Annual report on the mental hospital in the Central Provinces and Berar (Nagpur) - 1927-1951
Year: 1927
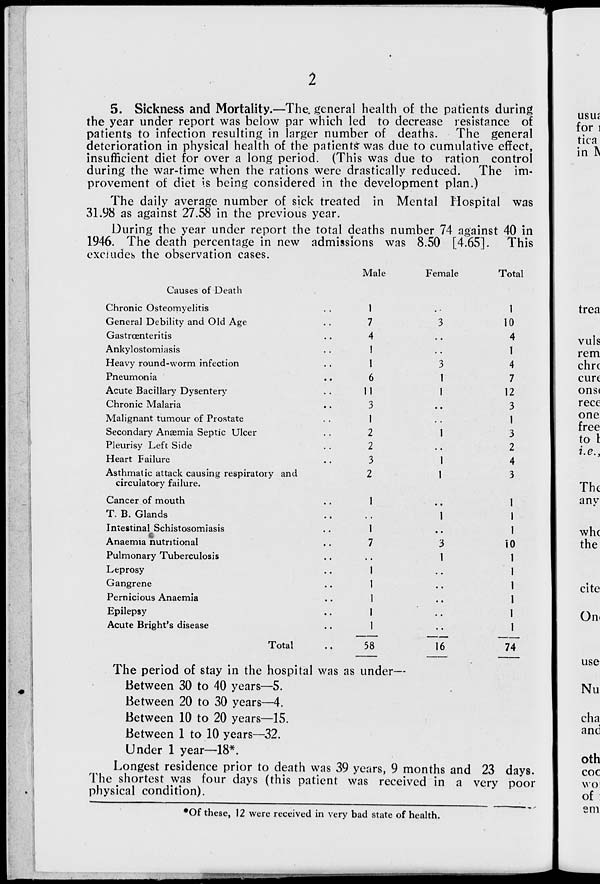
5. Sickness and Mortality.—The. general health of the patients during
the year under report was below par which led to decrease resistance of
patients to infection resulting in larger number of deaths. The general
deterioration in physical health of the patient? was due to cumulative effect,
insufficient diet for over a long period. (This was due to ration control
during the war-time when the rations were drastically reduced. The im-
provement of diet is being considered in the development plan.)
The daily average number of sick treated in Mental Hospital was
31.98 as against 27.58 in the previous year.
During the year under report the total deaths number 74 against 40 in
1946. The death percentage in new admissions was 8.50 [4.65]. This
excludes the observation cases.
Causes of Death
Chronic Osteomyelitis
General Debility and Old Age
Gastroenteritis
Ankylostomiasis
Heavy round-worm infection
Pneumonia
Acute Bacillary Dysentery
Chronic Malaria
Malignant tumour of Prostate
Secondary Anaemia Septic Ulcer
Pleurisy Left Side
Heart Failure
Asthmatic attack causing respiratory and
circulatory failure.
Cancer of mouth
T. B. Glands
Intestinal Schistosomiasis
Anaemia nutritional
Pulmonary Tuberculosis
Leprosy
Gangrene
Pernicious Anaemia
Epilepsy
Acute Bright's disease
Total
Male
1
7
4
1
1
6
11
3
1
2
2
3
2
1
1
7
Female
58
16
Total
1
10
4
1
4
7
12
3
1
3
2
4
3
0
74
The period of stay in the hospital was as under—
Between 30 to 40 years—5.
Between 20 to 30 years—4.
Between 10 to 20 years—15.
Between 1 to 10 years—32.
Under 1 year—18*.
Longest residence prior to death was 39 years, 9 months and 23 days.
The shortest was four days (this patient was received in a very poor
physical condition).
for i
tica
in IS
# Of these, 12 were received in very bad state of health.